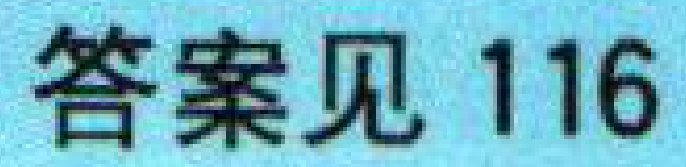
答案见 116